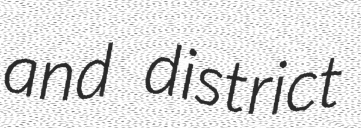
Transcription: and district